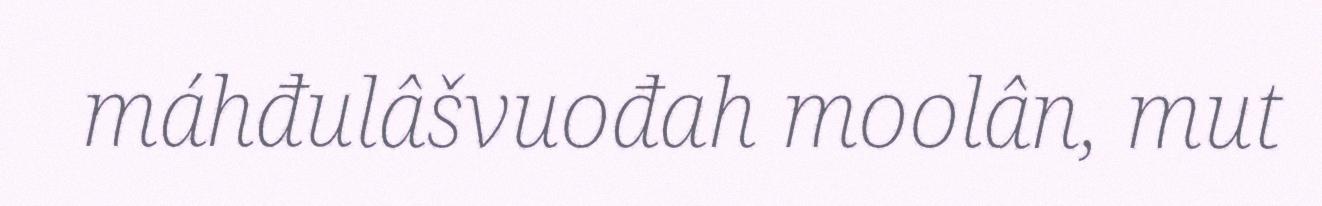
máhđulâšvuođah moolân, mut